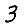
Digit: 3